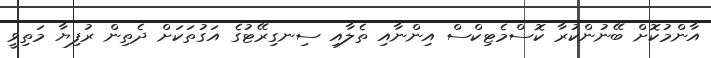
އާންމުކޮށް ބޭނުންކުރާ ކޮސްމެޓިކްސް އިންނާއި ތެލާއި ސިނގިރޭޓުގެ އަގުތަކަށް ދެތިން ރުފިޔާ މަތިވީ